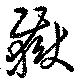
嶽